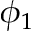
\phi _ { 1 }